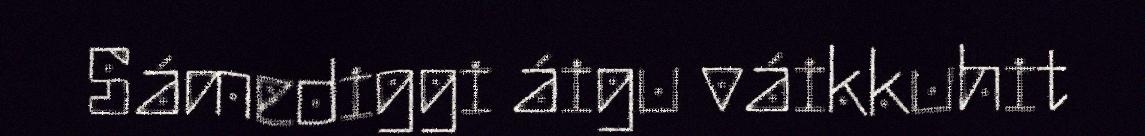
Sámediggi áigu váikkuhit